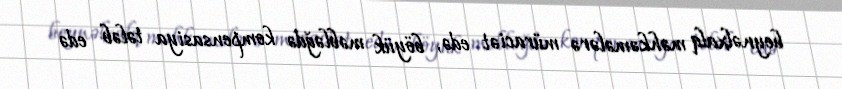
beynəlxalq məhkəmələrə müraciət edə, böyük məbləğdə kompensasiya tələb edə